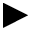
\blacktriangleright